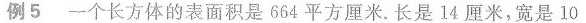
例5 一个长方体的表面积是664平方厘米。长是14厘米，宽是10